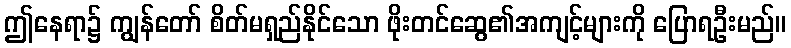
ဤနေရာ၌ ကျွန်တော် စိတ်မရှည်နိုင်သော ဖိုးတင်ဆွေ၏အကျင့်များကို ပြောရဦးမည်။